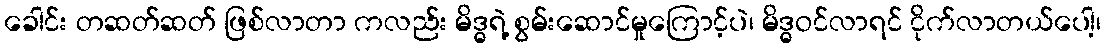
ခေါင်း တဆတ်ဆတ် ဖြစ်လာတာ ကလည်း မိဒ္ဓရဲ့ စွမ်းဆောင်မှုကြောင့်ပဲ၊ မိဒ္ဓဝင်လာရင် ငိုက်လာတယ်ပေါ့၊